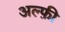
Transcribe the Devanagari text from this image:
अल्फ़ी